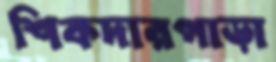
শিকদারপাড়া